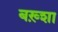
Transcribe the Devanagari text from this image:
बख़्शा